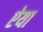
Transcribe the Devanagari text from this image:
ऐया